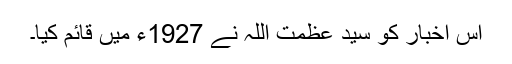
اس اخبار کو سید عظمت اللہ نے 1927ء میں قائم کیا۔